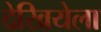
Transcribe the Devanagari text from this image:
देखियेला